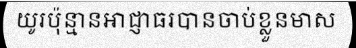
យូរប៉ុន្មានអាជ្ញាធរបានចាប់ខ្លួនមាស